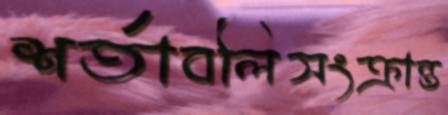
শর্তাবলিসংক্রান্ত